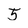
Character: 5